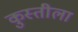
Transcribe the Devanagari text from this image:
कुस्तीला